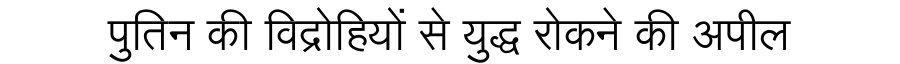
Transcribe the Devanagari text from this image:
पुतिन की विद्रोहियों से युद्ध रोकने की अपील